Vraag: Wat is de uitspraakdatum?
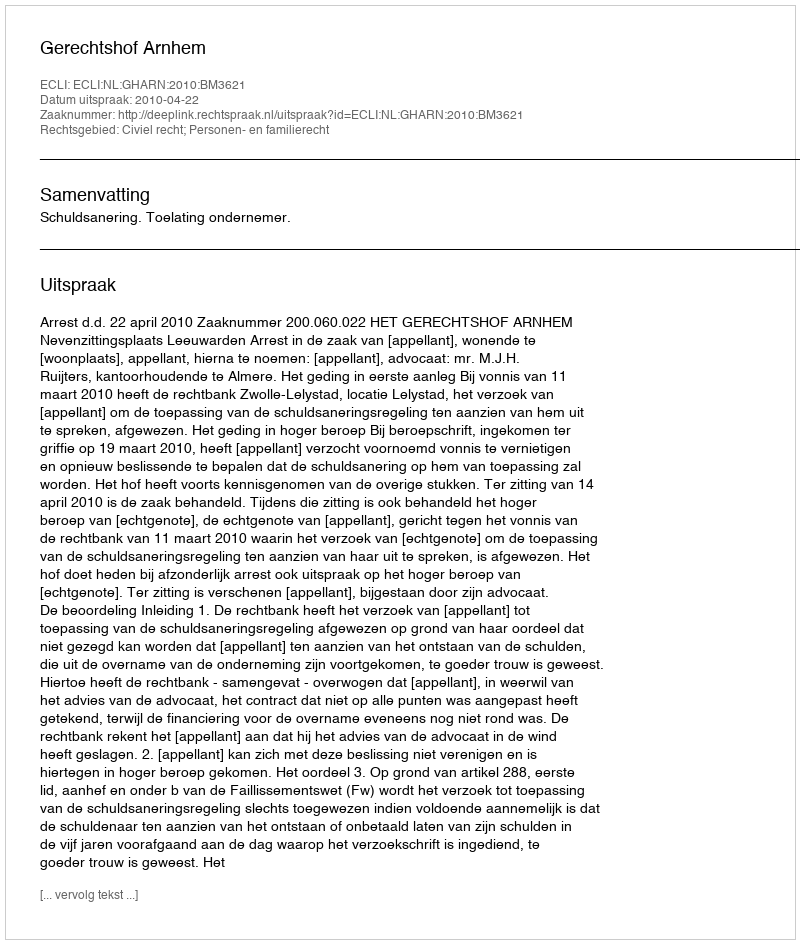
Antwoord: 2010-04-22